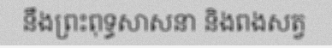
នឹងព្រះពុទ្ធសាសនា និងពងសត្វ